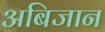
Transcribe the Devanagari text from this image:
अबिजान